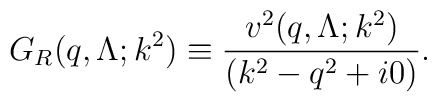
G_R(q,\Lambda;k^2) \equiv \frac{v^2(q,\Lambda ;k^2)} {(k^2-q^2+i0)}.